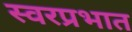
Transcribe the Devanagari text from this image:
स्वरप्रभात